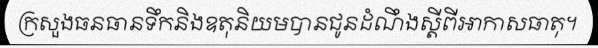
ក្រសួងធនធានទឹកនិងឧតុនិយមបានជូនដំណឹងស្តីពីអាកាសធាតុ។